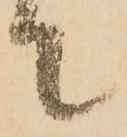
て